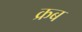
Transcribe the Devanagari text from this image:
क्रब